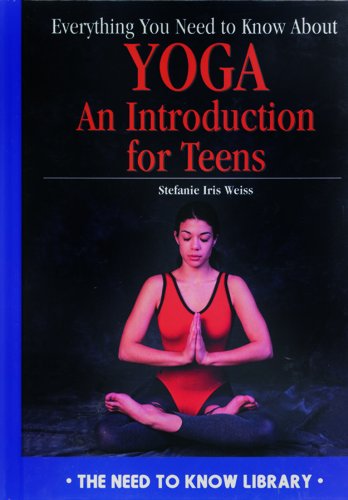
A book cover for Everything You Need to Know about Yoga: An Introduction for Teens (Need to Know Library); Stefanie Iris Weiss; Teen & Young Adult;